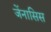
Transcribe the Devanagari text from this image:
जेंनासिस